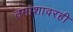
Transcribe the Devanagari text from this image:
तमाशावरही